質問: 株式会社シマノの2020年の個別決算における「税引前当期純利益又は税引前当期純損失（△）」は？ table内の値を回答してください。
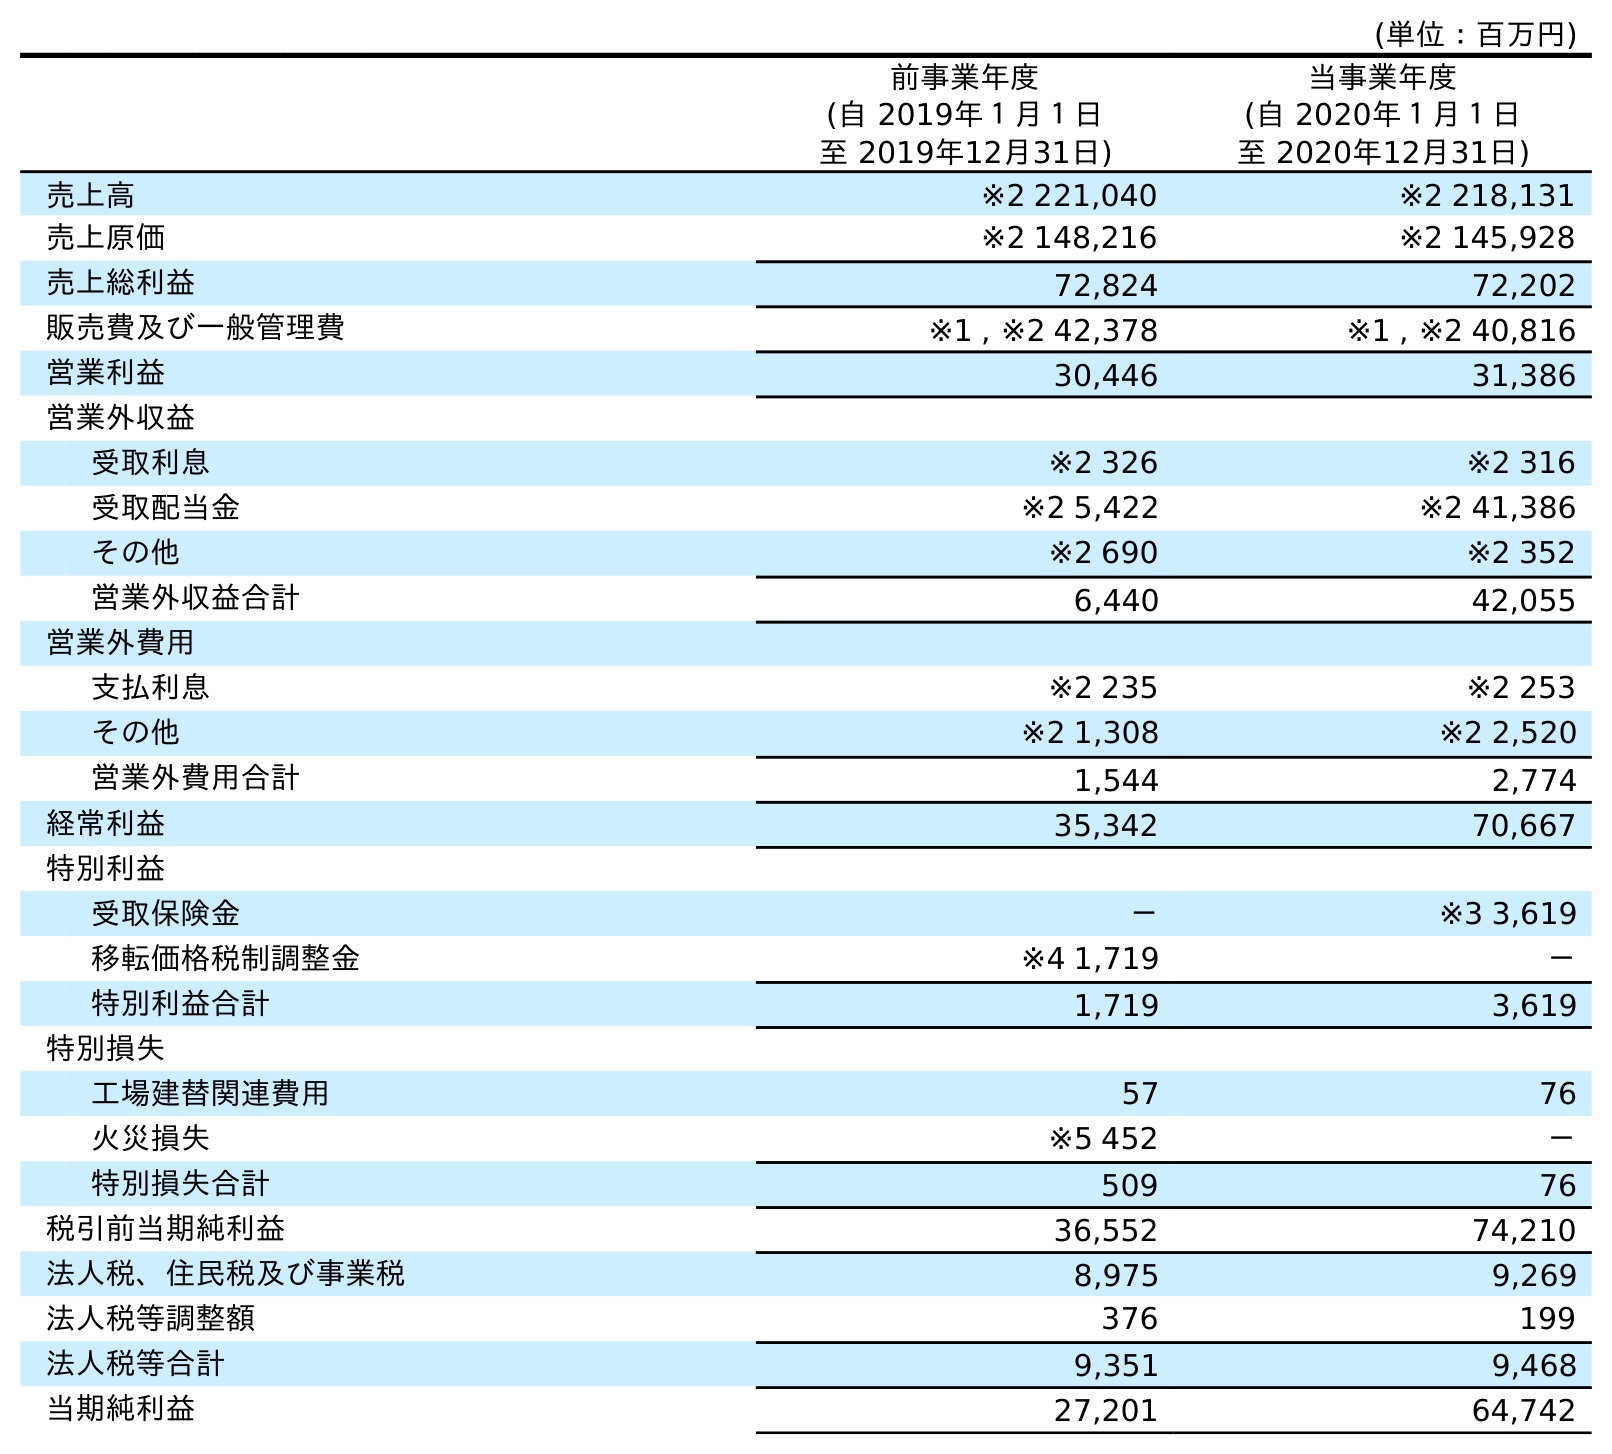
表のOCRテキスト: (単位：百万円) 前事業年度 (自 2019年１月１日 至 2019年12月31日) 当事業年度 (自 2020年１月１日 至 2020年12月31日) 売上高 ※2 221,040 ※2 218,131 売上原価 ※2 148,216 ※2 145,928 売上総利益 72,824 72,202 販売費及び一般管理費 ※1 , ※2 42,378 ※1 , ※2 40,816 営業利益 30,446 31,386 営業外収益 受取利息 ※2 326 ※2 316 受取配当金 ※2 5,422 ※2 41,386 その他 ※2 690 ※2 352 営業外収益合計 6,440 42,055 営業外費用 支払利息 ※2 235 ※2 253 その他 ※2 1,308 ※2 2,520 営業外費用合計 1,544 2,774 経常利益 35,342 70,667 特別利益 受取保険金 － ※3 3,619 移転価格税制調整金 ※4 1,719 － 特別利益合計 1,719 3,619 特別損失 工場建替関連費用 57 76 火災損失 ※5 452 － 特別損失合計 509 76 税引前当期純利益 36,552 74,210 法人税、住民税及び事業税 8,975 9,269 法人税等調整額 376 199 法人税等合計 9,351 9,468 当期純利益 27,201 64,742
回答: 74,210